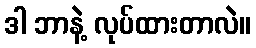
ဒါ ဘာနဲ့ လုပ်ထားတာလဲ။